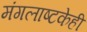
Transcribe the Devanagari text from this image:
मंगलाष्टकेही